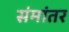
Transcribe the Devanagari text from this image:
संमांतर